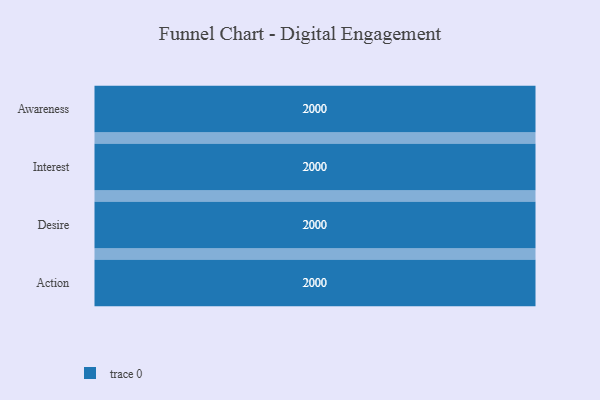
{"axis": {"x": "Stage", "y": "Value"}, "legend": [""], "data": [{"x": "Awareness", "y": 2000, "type": ""}, {"x": "Interest", "y": 2000, "type": ""}, {"x": "Desire", "y": 2000, "type": ""}, {"x": "Action", "y": 2000, "type": ""}]}